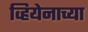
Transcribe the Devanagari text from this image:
व्हियेनाच्या